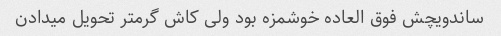
ساندویچش فوق العاده خوشمزه بود ولی کاش گرمتر تحویل میدادن